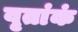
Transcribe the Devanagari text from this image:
वृतांकं